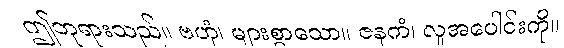
ဤဘုရားသည်။ ဗဟုံ၊ များစွာသော။ ဇနကံ၊ လူအပေါင်းကို။